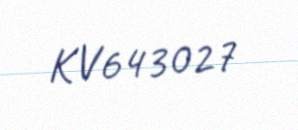
KV643027